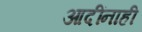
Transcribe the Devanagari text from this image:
आदींनाही